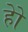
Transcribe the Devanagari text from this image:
होे